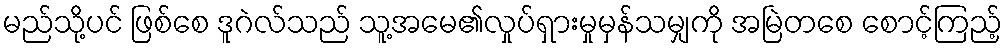
မည်သို့ပင် ဖြစ်စေ ဒူဂဲလ်သည် သူ့အမေ၏လှုပ်ရှားမှုမှန်သမျှကို အမြဲတစေ စောင့်ကြည့်